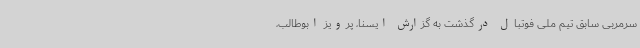
سرمربی سابق تیم ملی فوتبال درگذشت به گزارش ایسنا، پرویز ابوطالب،